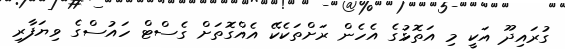
ގުރައިދޫ އަކީ މި އަތޮޅުގެ އެހެން ރަށްތަކެކޭ އެއްގޮތަށް ގެސްޓް ހައުސްގެ ވިޔަފާރި